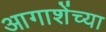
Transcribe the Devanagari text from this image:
आगाशेंच्या